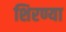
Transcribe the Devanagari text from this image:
शिरण्या